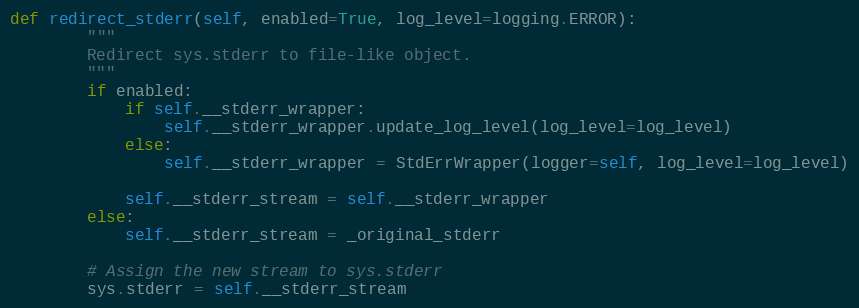
Language: Python
def redirect_stderr(self, enabled=True, log_level=logging.ERROR):
        """
        Redirect sys.stderr to file-like object.
        """
        if enabled:
            if self.__stderr_wrapper:
                self.__stderr_wrapper.update_log_level(log_level=log_level)
            else:
                self.__stderr_wrapper = StdErrWrapper(logger=self, log_level=log_level)

            self.__stderr_stream = self.__stderr_wrapper
        else:
            self.__stderr_stream = _original_stderr

        # Assign the new stream to sys.stderr
        sys.stderr = self.__stderr_stream